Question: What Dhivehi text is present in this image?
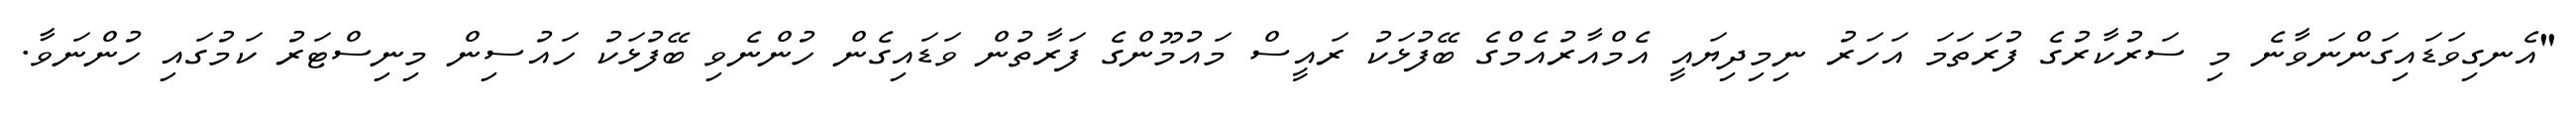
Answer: "އެނގިވަޑައިގަންނަވާނެ މި ސަރުކާރުގެ ފުރަތަމަ އަހަރު ނިމިދިޔައީ އެމްއާރުއެމްގެ ބޭފުޅަކު ރައީސް މައުމޫންގެ ފަރާތުން ވަޑައިގެން ހުންނެވި ބޭފުޅަކު ހައުސިން މިނިސްޓަރު ކަމުގައި ހުންނަވާ.